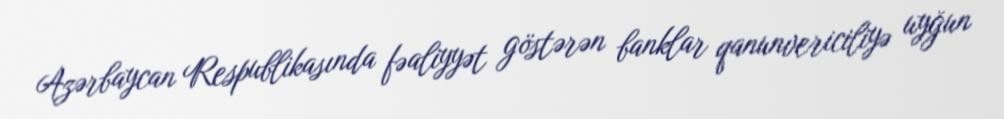
Azərbaycan Respublikasında fəaliyyət göstərən banklar qanunvericiliyə uyğun